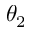
\theta _ { 2 }